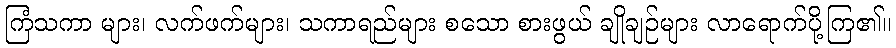
ကြံသကာ များ၊ လက်ဖက်များ၊ သကာရည်များ စသော စားဖွယ် ချိုချဉ်များ လာရောက်ပို့ကြ၏။